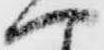
へ